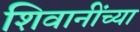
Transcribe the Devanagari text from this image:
शिवानींच्या